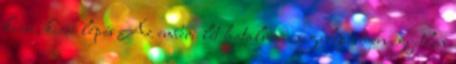
kicsi, kicsi lépés Az emberi lét hatalmas csigalépcsőjén egyetlen